Annual returns of the Patna Lunatic Asylum at Bankipore in Bihar and Orissa - 1912-1924
Year: 1912
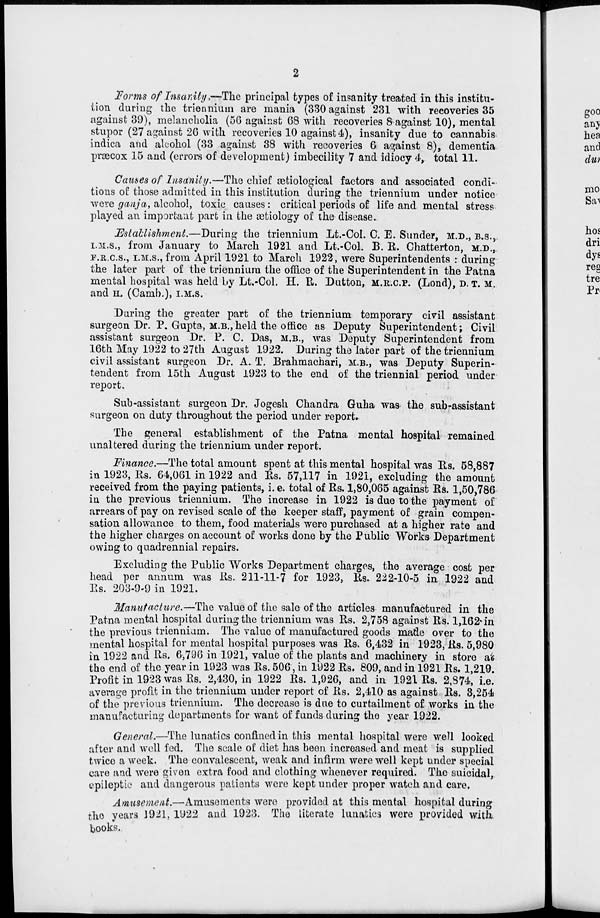
2
Forms of Insanity.—The principal types of insanity treated in this institu-
tion during the triennium are mania (330 against 231 with recoveries 35
against 39), melancholia (56 against 68 with recoveries 8 against 10), mental
stupor (27 against 26 with recoveries 10 against 4), insanity due to cannabis
indica and alcohol (33 against 38 with recoveries 6 against 8), dementia
præcox 15 and (errors of development) imbecility 7 and idiocy 4, total 11.
Causes of Insanity.—The chief ætiological factors and associated condi-
tions of those admitted in this institution during the triennium under notice
were ganja, alcohol, toxic causes: critical periods of life and mental stress
played an important part in the ætiology of the disease.
Establishment.—During the triennium Lt.-Col. C. E. Sunder, M.D., B.S.,
I.M.S., from January to March 1921 and Lt.-Col. B. R. Chatterton, M.D.,
F.R.C.S., I.M.S., from April 1921 to March 1922, were Superintendents : during
the later part of the triennium the office of the Superintendent in the Patna
mental hospital was held by Lt.-Col. H. R. Dutton, M.R.C.P. (Lond), D. T. M.
and H. (Camb.), I.M.S.
During the greater part of the triennium temporary civil assistant
surgeon Dr. P. Gupta, M.B., held the office as Deputy Superintendent; Civil
assistant surgeon Dr. P. C. Das, M.B., was Deputy Superintendent from
16th May 1922 to 27th August 1922. During the later part of the triennium
civil assistant surgeon Dr. A. T. Brahmachari, M.B., was Deputy Superin-
tendent from 15th August 1923 to the end of the triennial period under
report.
Sub-assistant surgeon Dr. Jogesh Chandra Guha was the sub-assistant
surgeon on duty throughout the period under report.
The general establishment of the Patna mental hospital remained
unaltered during the triennium under report.
Finance.—The total amount spent at this mental hospital was Rs. 58,887
in 1923, Rs. 64,061 in 1922 and Rs. 57,117 in 1921, excluding the amount
received from the paying patients, i. e. total of Rs. 1,80,065 against Rs. 1,50,786
in the previous triennium. The increase in 1922 is due to the payment of
arrears of pay on revised scale of the keeper staff, payment of grain compen-
sation allowance to them, food materials were purchased at a higher rate and
the higher charges on account of works done by the Public "Works Department
owing to quadrennial repairs.
Excluding the Public Works Department charges, the average cost per
head per annum was Rs. 211-11-7 for 1923, Rs. 222-10-5 in 1922 and
Rs. 203-9-9 in 1921.
Manufacture.—The value of the sale of the articles manufactured in the
Patna mental hospital during the triennium was Rs. 2,758 against Rs. 1,162 in
the previous triennium. The value of manufactured goods made over to the
mental hospital for mental hospital purposes was Rs. 6,432 in 1923, Rs. 5,980
in 1922 and Rs. 6,796 in 1921, value of the plants and machinery in store at
the end of the year in 1923 was Rs. 506, in 1922 Rs. 809, and in 1921 Rs. 1,219.
Profit in 1923 was Rs. 2,430, in 1922 Rs. 1,926, and in 1921 Rs, 2,874, i.e.
average profit in the triennium under report of Rs. 2,410 as against Rs. 3,254
of the previous triennium. The decrease is due to curtailment of works in the
manufacturing departments for want of funds during the year 1922.
General.—The lunatics confined in this mental hospital were well looked
after and well fed. The scale of diet has been increased and meat is supplied
twice a week. The convalescent, weak and infirm were well kept under special
care and were given extra food and clothing whenever required. The suicidal,
epileptic and dangerous patients were kept under proper watch and care,
Amusement.—Amusements were provided at this mental hospital during
the years 1921, 1922 and 1923. The literate lunatics were provided with
books.